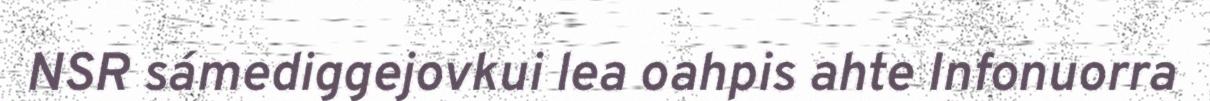
NSR sámediggejovkui lea oahpis ahte Infonuorra